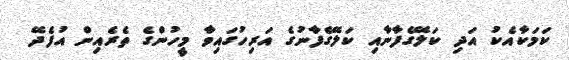
ކަމަކާއެކު އަދި ކަލޭގެފާނާއި ކަލޭގެފާނުގެ އަރިހުގައިވާ މީހުންގެ ތެރެއިން އުފެދޭ